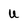
Character: u